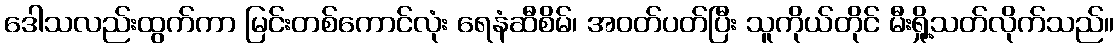
ဒေါသလည်းထွက်ကာ မြင်းတစ်ကောင်လုံး ရေနံဆီစိမ်၊ အဝတ်ပတ်ပြီး သူကိုယ်တိုင် မီးရှို့သတ်လိုက်သည်။